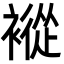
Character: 䙕